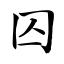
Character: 囚